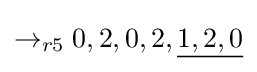
\rightarrow _{r5}0,2,0,2,{\underline {1,2,0}}